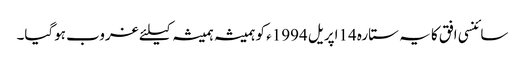
سائنسی افق کا یہ ستارہ 14اپریل 1994ء کو ہمیشہ ہمیشہ کیلئے غروب ہوگیا۔